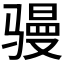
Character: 𮹎